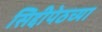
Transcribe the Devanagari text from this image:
सिद्दीपेठच्या